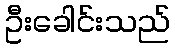
ဦးခေါင်းသည်